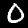
Label: 0